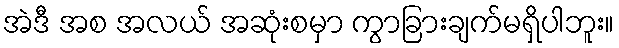
အဲဒီ အစ အလယ် အဆုံးစမှာ ကွာခြားချက်မရှိပါဘူး။